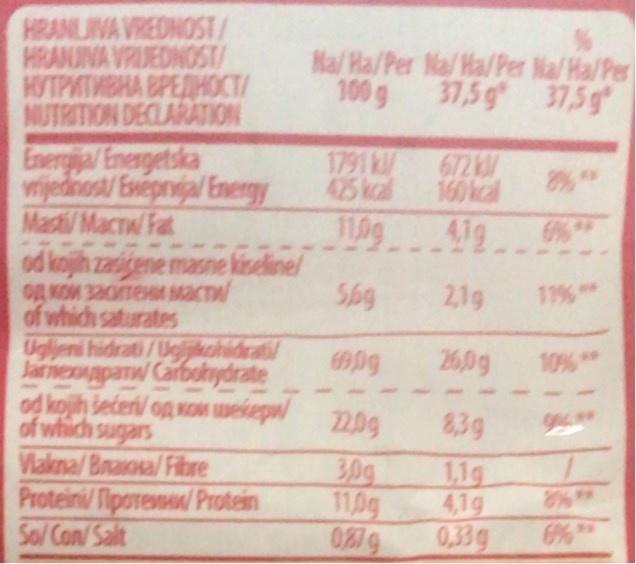
HRANLIVA VREDNOST/ HRANJIVA VRJEDNOST/ HOTPMTMBHA BPEDHOCT/ NUTRITION DECLARATION
Na/ Ha/Per Na/ Ha/Per Na/ Ha/Per 100g 37,5 g 37,5 g
Energija/ Energetska wrijednost/ Eseprvia/ Energy Macti/ Macnw/ Fat od kojih zasiene masne kiseline/ og KOW 3aomewe MacT of which saturates Thidrati/Ugikohidratil
1791 k 425 kcal
672 kM 160 kcal 41g
2,1g
11
Uglien Jarnexnpanw Carbohydrate od kojih sederi/ og KoM wekepw 20g which sugars Viakna/ Braosa/ Fibre Proteini/ fiporevsw/ Protein So/ Con/ Salt
26,0g
10% **
8,3g
30g 11,0g 0879
1,1g 4,1g 0,33g